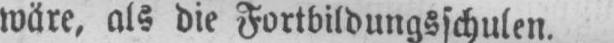
wäre, als die Fortbildungsschulen.